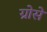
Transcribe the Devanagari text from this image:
ग्रोसे